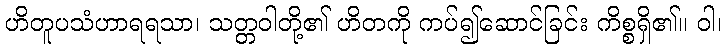
ဟိတူပသံဟာရရသာ၊ သတ္တဝါတို့၏ ဟိတကို ကပ်၍ဆောင်ခြင်း ကိစ္စရှိ၏။ ဝါ၊